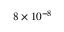
8 \times 1 0 ^ { - 8 }